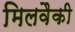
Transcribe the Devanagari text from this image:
मिलवैकी